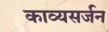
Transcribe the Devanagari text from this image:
काव्यसर्जन